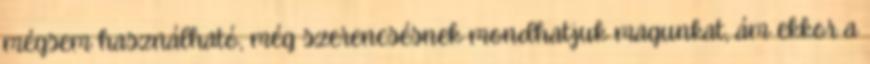
mégsem használható, még szerencsésnek mondhatjuk magunkat, ám ekkor a